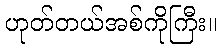
ဟုတ်တယ်အစ်ကိုကြီး။